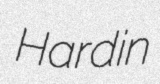
Hardin